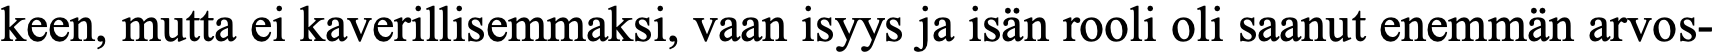
keen, mutta ei kaverillisemmaksi, vaan isyys ja isän rooli oli saanut enemmän arvos-